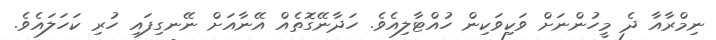
ނިމްރާއާ ދެ މީހުންނަށް ވަކިވަކިން ހުއްޓާލިއެވެ. ހަދާނޭގޮތެއް އޭނާއަށް ނޭނގިފައި ހުރި ކަހަލައެވެ.